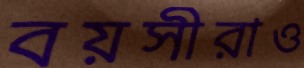
বয়সীরাও